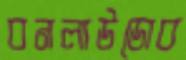
বনলাউডোব